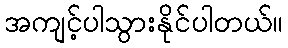
အကျင့်ပါသွားနိုင်ပါတယ်။